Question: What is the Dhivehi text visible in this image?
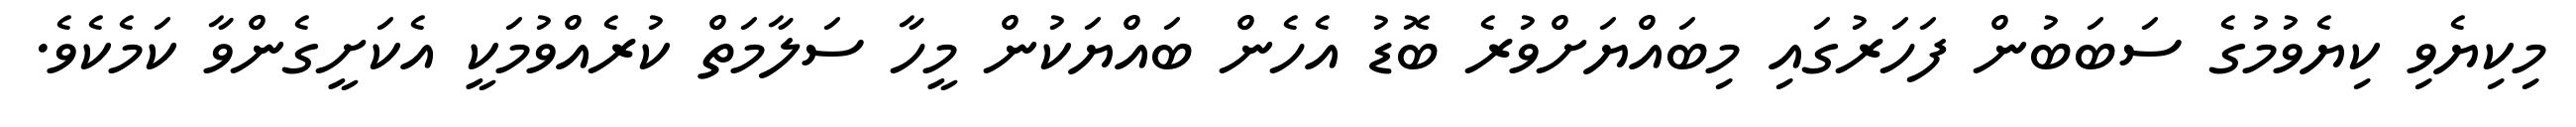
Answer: މިކިޔެވި ކިޔެވުމުގެ ސަބަބުން ފަހަރުގައި މިބައްޔަށްވުރެ ބޮޑު އެހެން ބައްޔަކުން މީހާ ސަލާމަތް ކުރެއްވުމަކީ އެކަށީގެންވާ ކަމެކެވެ.